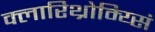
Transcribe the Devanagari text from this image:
क्लारिथ्रोम्य्सिं